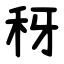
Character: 䄰